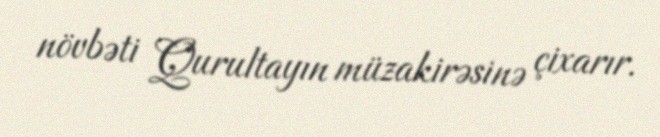
növbəti Qurultayın müzakirəsinə çixarır.